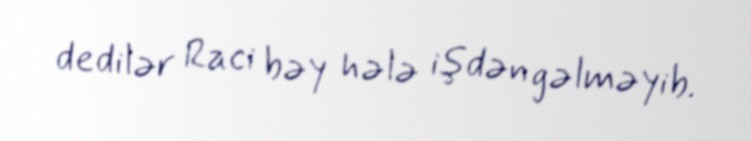
dedilər Raci bəy hələ işdən gəlməyib.